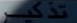
تذکر